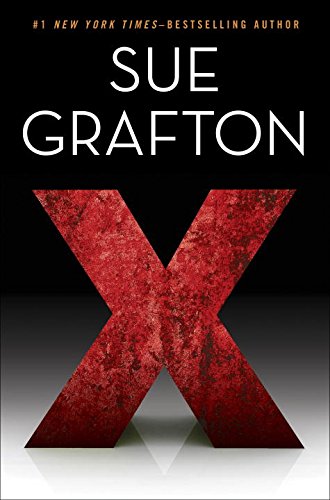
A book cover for X (A Kinsey Millhone Novel); Sue Grafton; Mystery, Thriller & Suspense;